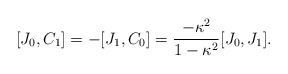
\begin{align*}[J_0,C_1]=-[J_1,C_0]={\frac{-\kappa ^2}{1-\kappa ^2}}[J_0,J_1].\end{align*}